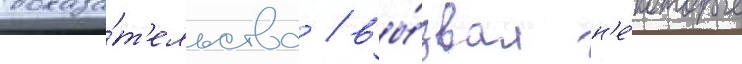
доказа́т'ельства / вы́звал н'е́которые